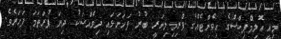
މިއީ އޮލިމްޕިކްސްގެ އިވެންޓެއްގެ ޕްރިމިލިނަރީ ބުރު ފަހަނަޅައި ދިވެއްސަކު ދިޔަ ފުރަތަމަ ފަހަރެވެ.